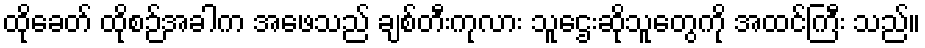
ထိုခေတ် ထိုစဉ်အခါက အဖေသည် ချစ်တီးကုလား သူဌေးဆိုသူတွေကို အထင်ကြီး သည်။